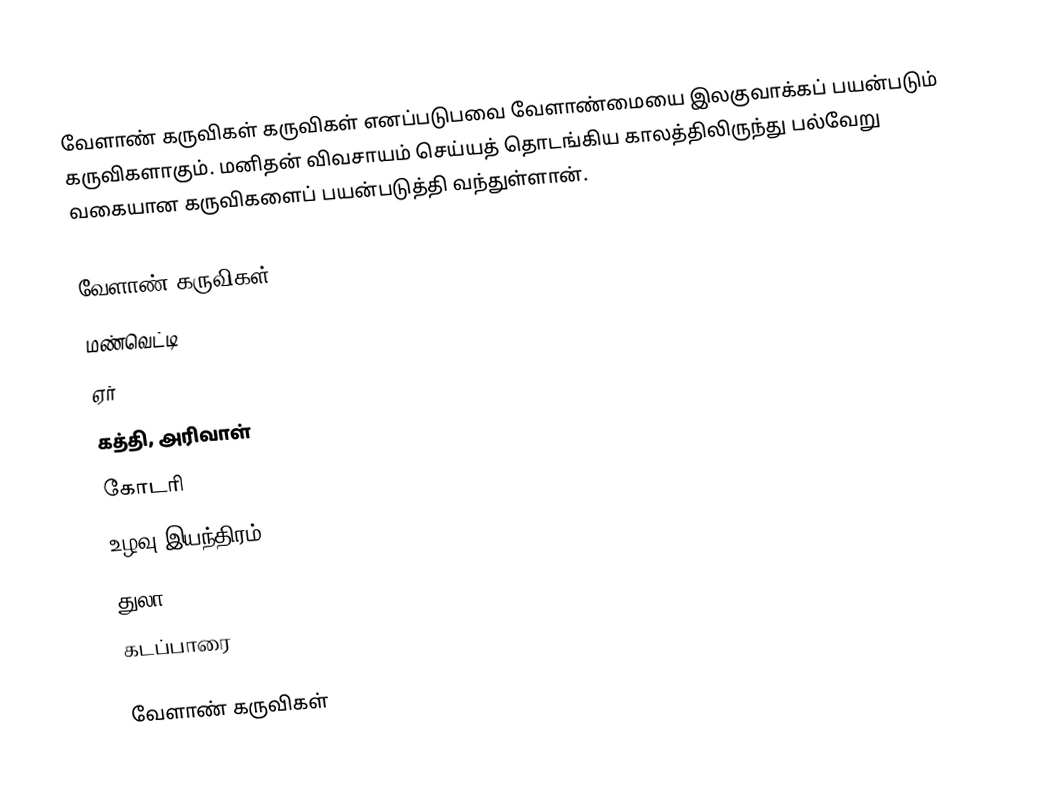
வேளாண் கருவிகள் கருவிகள் எனப்படுபவை வேளாண்மையை இலகுவாக்கப் பயன்படும் கருவிகளாகும். மனிதன் விவசாயம் செய்யத் தொடங்கிய காலத்திலிருந்து பல்வேறு வகையான கருவிகளைப் பயன்படுத்தி வந்துள்ளான்.

வேளாண் கருவிகள்=
 மண்வெட்டி
 ஏர்
 கத்தி, அரிவாள்
 கோடரி
 உழவு இயந்திரம்
 துலா
 கடப்பாரை

வேளாண் கருவிகள்